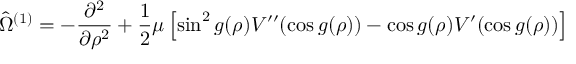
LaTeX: \hat { \Omega } ^ { ( 1 ) } = - \frac { \partial ^ { 2 } } { \partial \rho ^ { 2 } } + \frac 1 2 \mu \left[ \sin ^ { 2 } g ( \rho ) V ^ { \prime \prime } ( \cos g ( \rho ) ) - \cos g ( \rho ) V ^ { \prime } ( \cos g ( \rho ) ) \right]